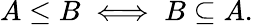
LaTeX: A\leq B\iff B\subseteq A.